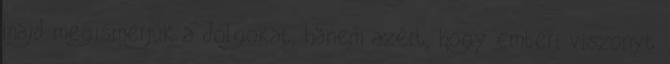
majd megismerjük a dolgokat, hanem azért, hogy emberi viszonyt